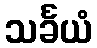
သင်္ခယံ